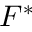
F ^ { * }